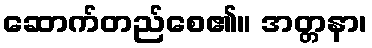
ဆောက်တည်စေ၏။ အတ္တနာ၊